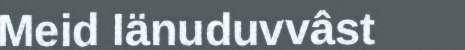
Meid Iänuduvvâst